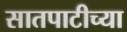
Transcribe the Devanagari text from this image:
सातपाटीच्या